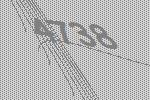
4738